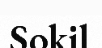
Sokil